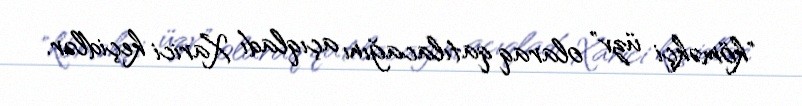
"köməkçi üzv" olaraq qatılacağını açıqladı Xarici keçidlər.